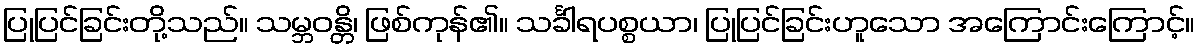
ပြုပြင်ခြင်းတို့သည်။ သမ္ဘဝန္တိ၊ ဖြစ်ကုန်၏။ သင်္ခါရပစ္စယာ၊ ပြုပြင်ခြင်းဟူသော အကြောင်းကြောင့်။